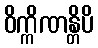
ဝိက္ကိဏန္တိပိ